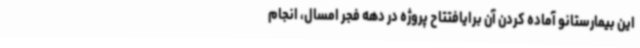
این بیمارستانو آماده کردن آن برایافتتاح پروژه در دهه فجر امسال، انجام